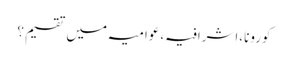
کورونا،اشرافیہ،عوامیہ میں تقسیم؟